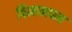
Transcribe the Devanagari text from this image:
विज्ञानधन